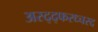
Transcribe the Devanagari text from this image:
अस्द्द्फस्ध्चस्द